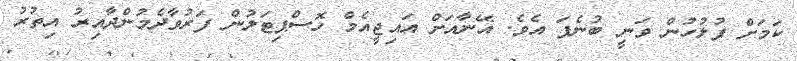
ކަމަށް ފުލުހުން ވަނީ ބުނެފަ އެވެ. އޭނާއަށް އައިޖީއެމް ހޮސްޕިޓަލުން ފަރުވާދެމުންދާއިރު އިތުރު